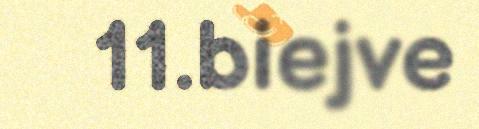
11.biejve